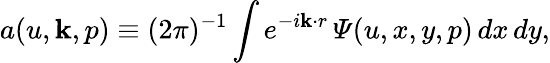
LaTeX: a(u,{\mathbf k},p)\equiv(2\pi)^{-1}\int e^{-i{\mathbf k\cdot r}}\, {\mit\Psi}(u,x,y,p)\, dx\, dy,